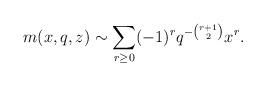
LaTeX: \begin{align*}m(x,q,z)\sim \sum_{r\ge 0}(-1)^rq^{-\binom{r+1}{2}}x^r.\end{align*}